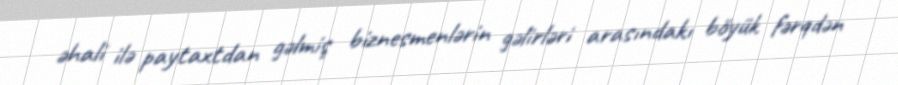
əhali ilə paytaxtdan gəlmiş biznesmenlərin gəlirləri arasındakı böyük fərqdən